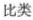
比类